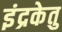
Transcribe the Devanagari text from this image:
इंद्रकेतु